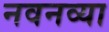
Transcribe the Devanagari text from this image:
नवनव्‍या